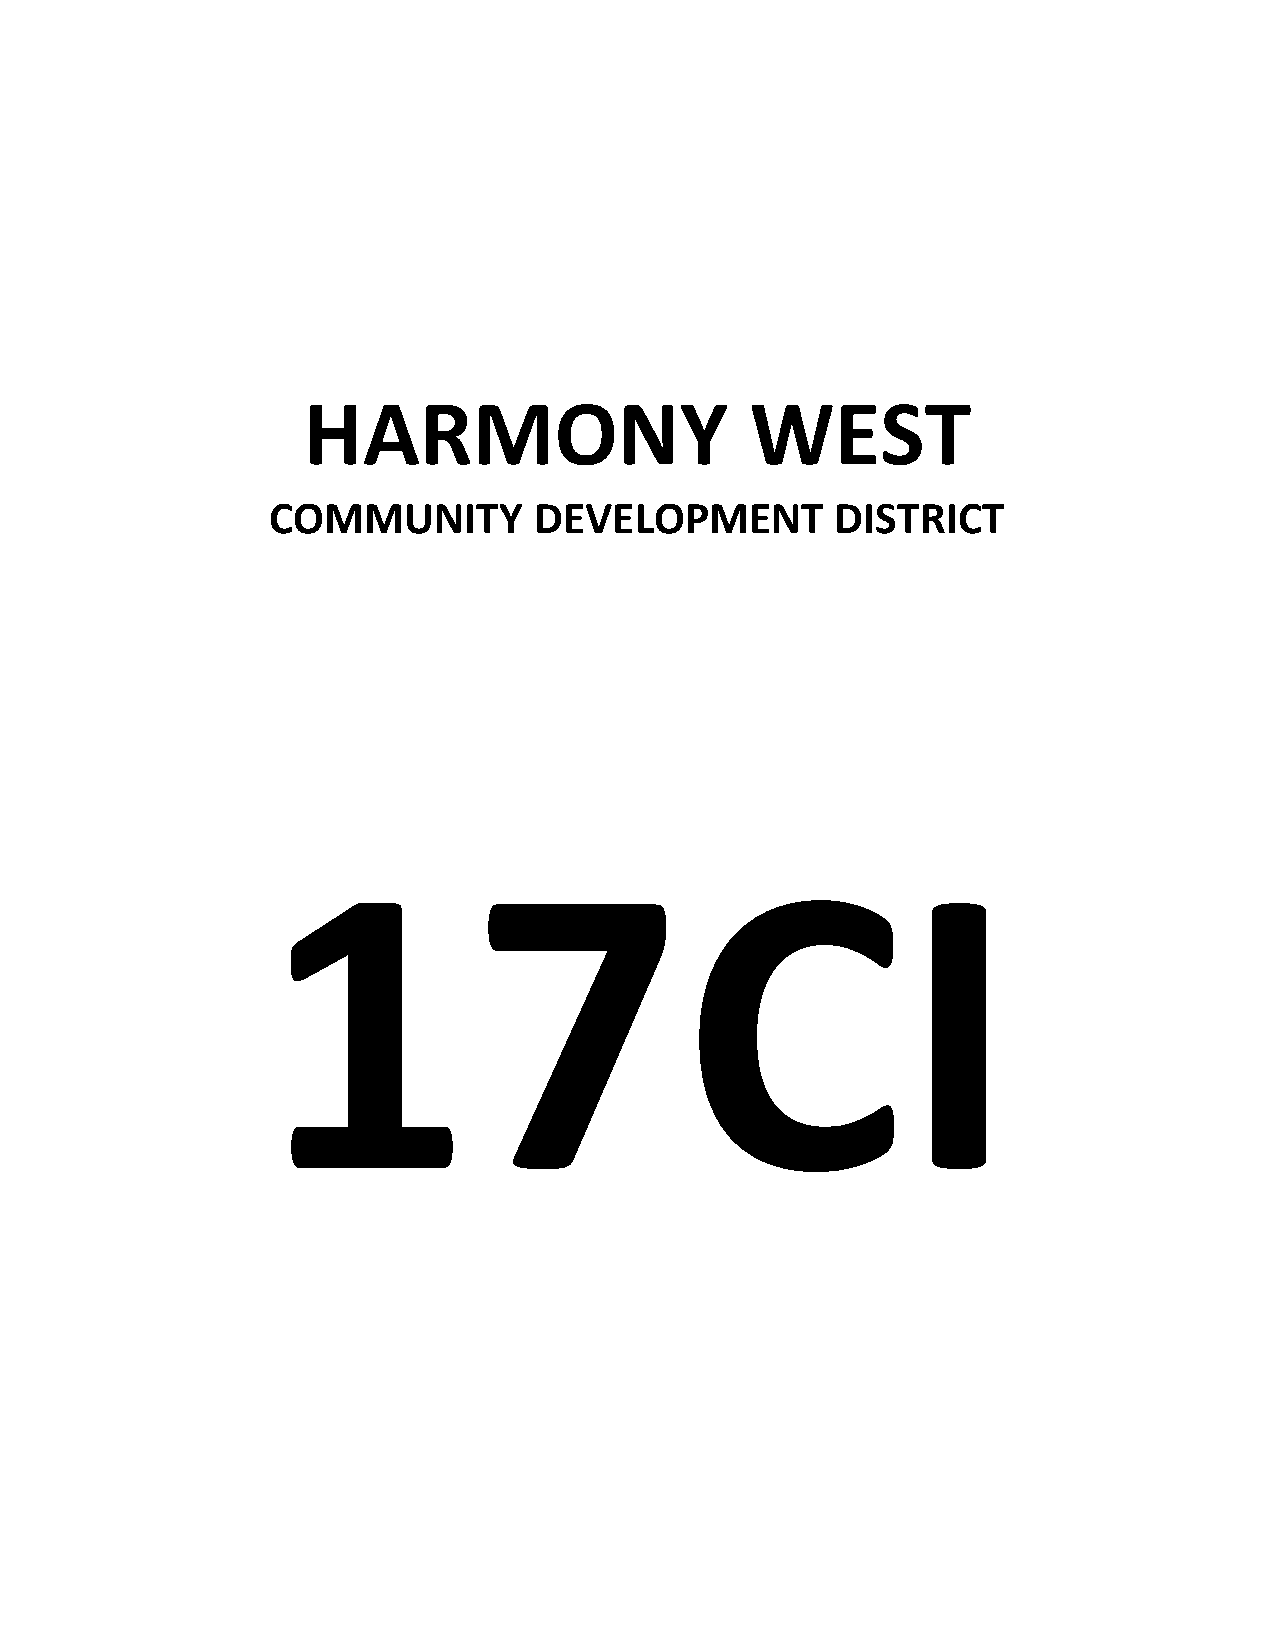
HARMONY                       WEST
 COMMUNITY        DEVELOPMENT         DISTRICT
 17CI